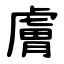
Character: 膚